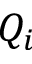
Q _ { i }